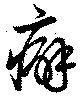
癖